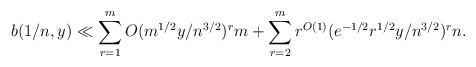
\begin{align*} b(1/n, y) \ll \sum_{r=1}^m O(m^{1/2} y /n^{3/2} )^r m + \sum_{r=2}^m r^{O(1)} (e^{-1/2} r^{1/2}y / n^{3/2})^r n . \end{align*}